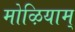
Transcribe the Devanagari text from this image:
मोऴियाम्